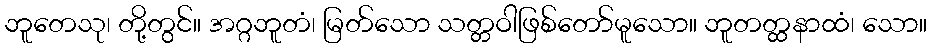
ဘူတေသု၊ တို့တွင်။ အဂ္ဂဘူတံ၊ မြတ်သော သတ္တဝါဖြစ်တော်မူသော။ ဘူတတ္ထနာထံ၊ သော။